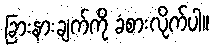
ခြားနားချက်ကို ခံစားလိုက်ပါ။